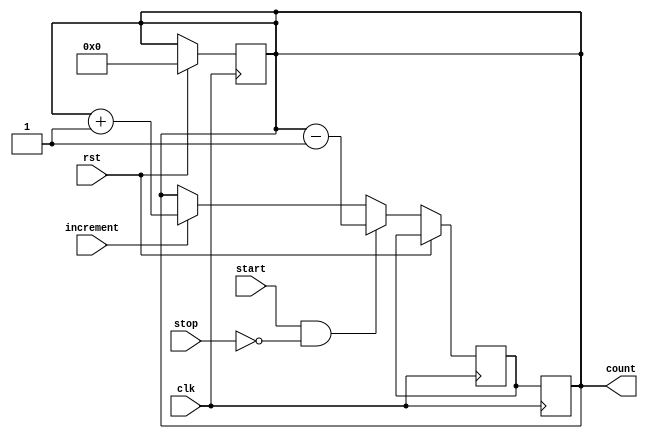
module CountdownTimer (
    input wire clk, // Synchronous clock input
    input wire rst, // Reset signal
    input wire start, // Start signal
    input wire stop, // Stop signal
    input wire increment, // Increment signal
    output reg [7:0] count // Countdown timer value
);

reg [7:0] count_next;

always @(posedge clk) begin
    if (rst) begin
        count <= 8'b00000000; // Reset count value
    end else begin
        if (start && !stop) begin
            count_next <= count - 1; // Decrement count if started
        end else if (increment) begin
            count_next <= count + 1; // Increment count if requested
        end else begin
            count_next <= count; // Maintain current count value
        end
    end
end

always @(posedge clk) begin
    count <= count_next; // Update count value
end

endmodule